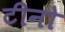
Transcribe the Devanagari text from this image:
टीनो